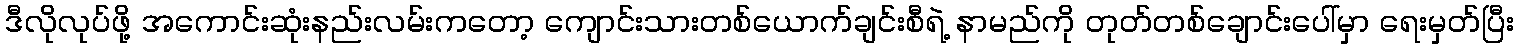
ဒီလိုလုပ်ဖို့ အကောင်းဆုံးနည်းလမ်းကတော့ ကျောင်းသားတစ်ယောက်ချင်းစီရဲ့ နာမည်ကို တုတ်တစ်ချောင်းပေါ်မှာ ရေးမှတ်ပြီး